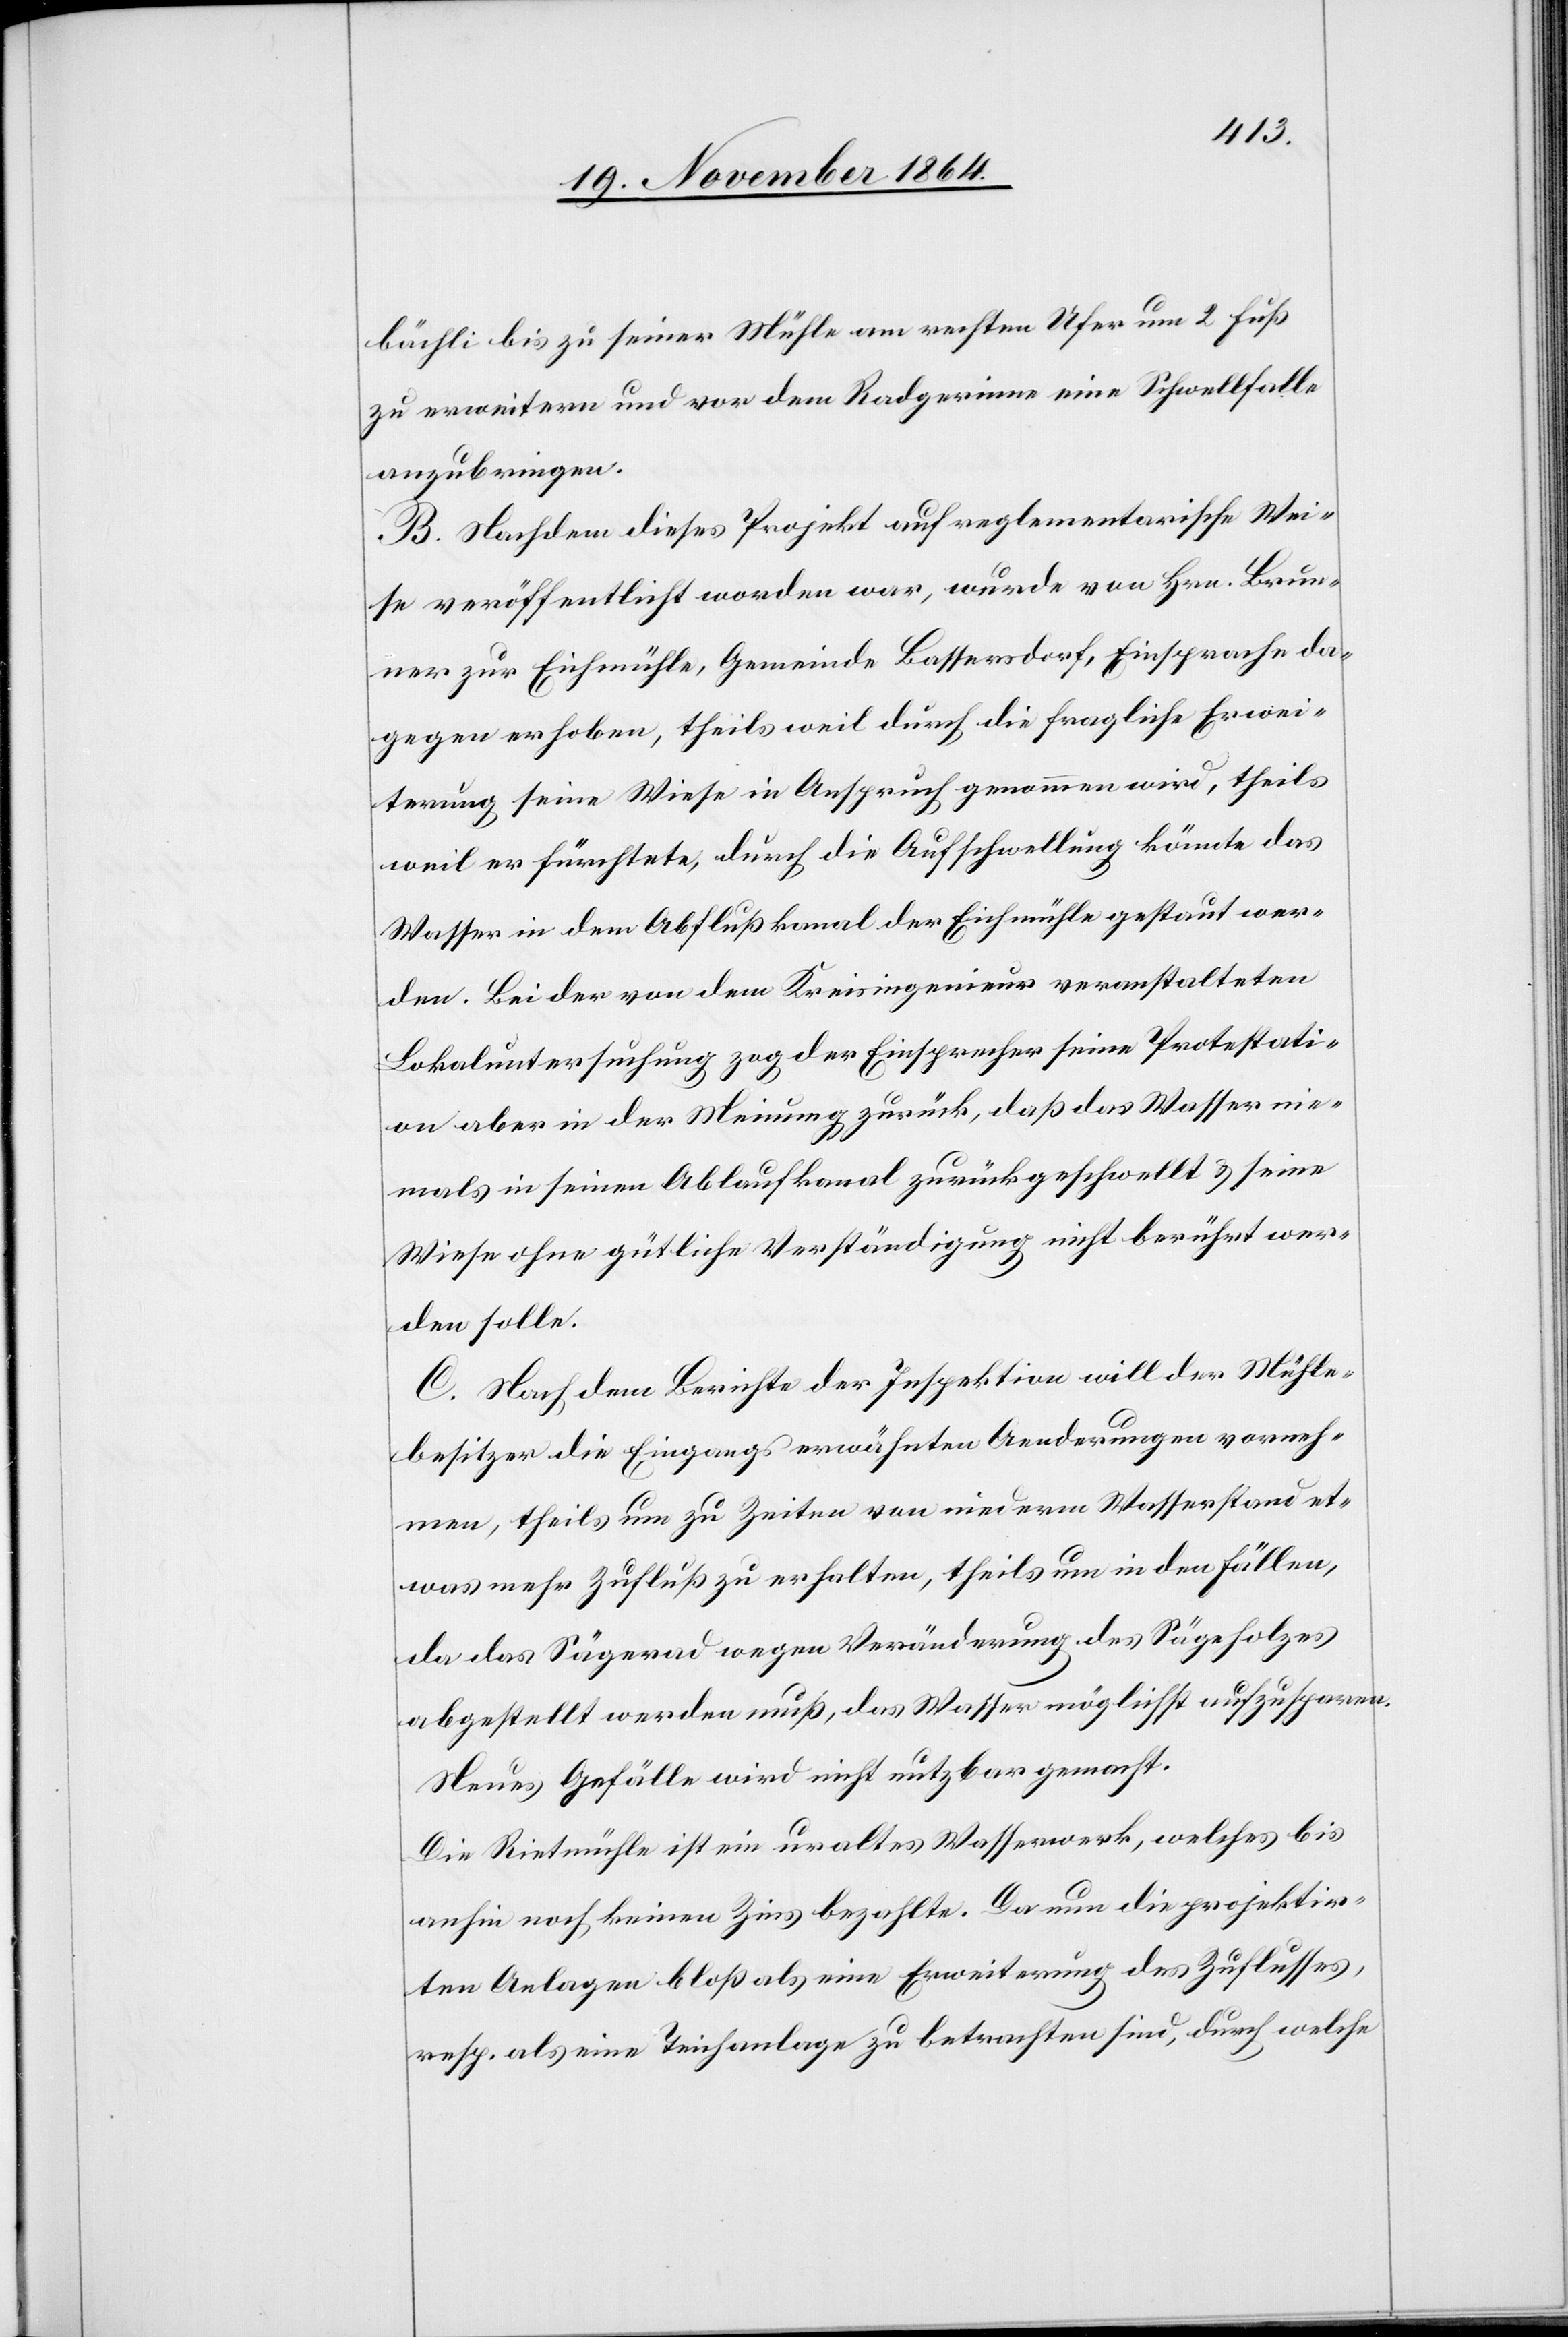
bächli bis zu seiner Mühle am rechten Ufer um 2. Fuß
zu erweitern und vor dem Radgerinne eine Schwellfalle
anzubringen.
B. Nachdem dieses Projekt auf reglementarische Wei¬
se veröffentlicht worden war, wurde von Hrn. Brun¬
ner zur Eichmühle, Gemeinde Bassersdorf, Einsprache da¬
gegen erhoben, theils weil durch die fragliche Erwei¬
terung seine Wiese in Anspruch genommen wird, theils
weil er fürchtete, durch die Aufschwellung könnte das
Wasser in dem Abflußkanal der Eichmühle gestaut wer¬
den. Bei der von dem Kreisingenieur veranstalteten
Lokaluntersuchung zog der Einsprecher seine Protestati¬
on aber in der Meinung zurück, daß das Wasser nie¬
mals in seinen Ablaufkanal zurückgeschwellt & seine
Wiese ohne gütliche Verständigung nicht berührt wer¬
den solle.
C. Nach dem Berichte der Inspektion will der Mühle¬
besitzer die Eingangs erwähnten Aenderungen vorneh¬
men, theils um zu Zeiten von niederm Wasserstand et¬
was mehr Zufluß zu erhalten, theils um in den Fällen,
da das Sägerad wegen Veränderung des Sägeholzes
abgestellt werden muß, das Wasser möglichst aufzusparen.
Neues Gefälle wird nicht nutzbar gemacht.
Die Rietmühle ist ein uraltes Wasserwerk, welches bis
anhin noch keinen Zins bezahlte. Da nun die projektir¬
ten Anlagen bloß als eine Erweiterung des Zuflusses,
resp. als eine Teichanlage zu betrachten sind, durch welche